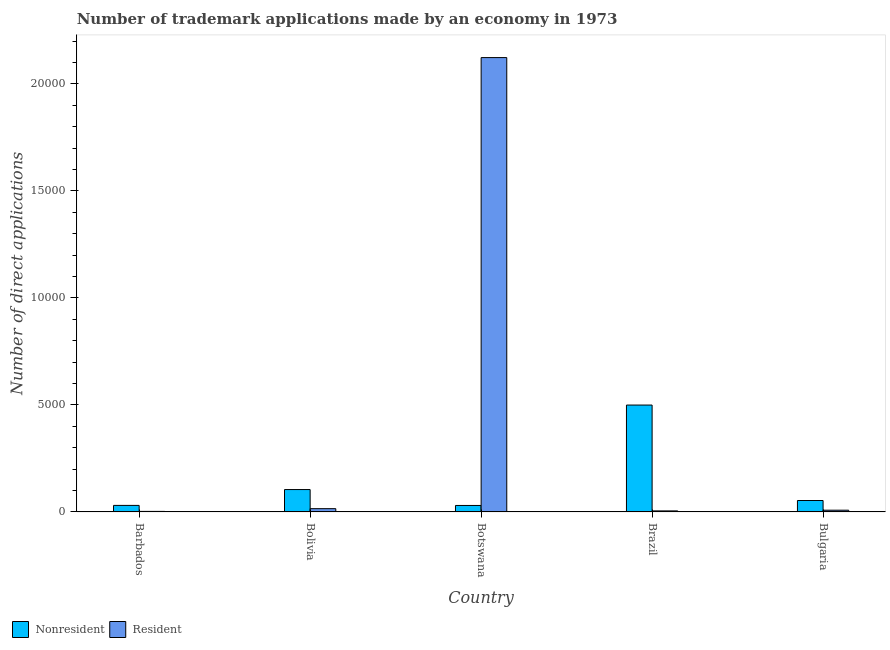
| Country | Nonresident | Resident |
 | --- | --- | --- |
 | Barbados | 304 | 24 |
 | Bolivia | 1.04e+03 | 152 |
 | Botswana | 301 | 2.12e+04 |
 | Brazil | 4.99e+03 | 47 |
 | Bulgaria | 533 | 80 |